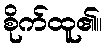
စိုက်ထူ၏။